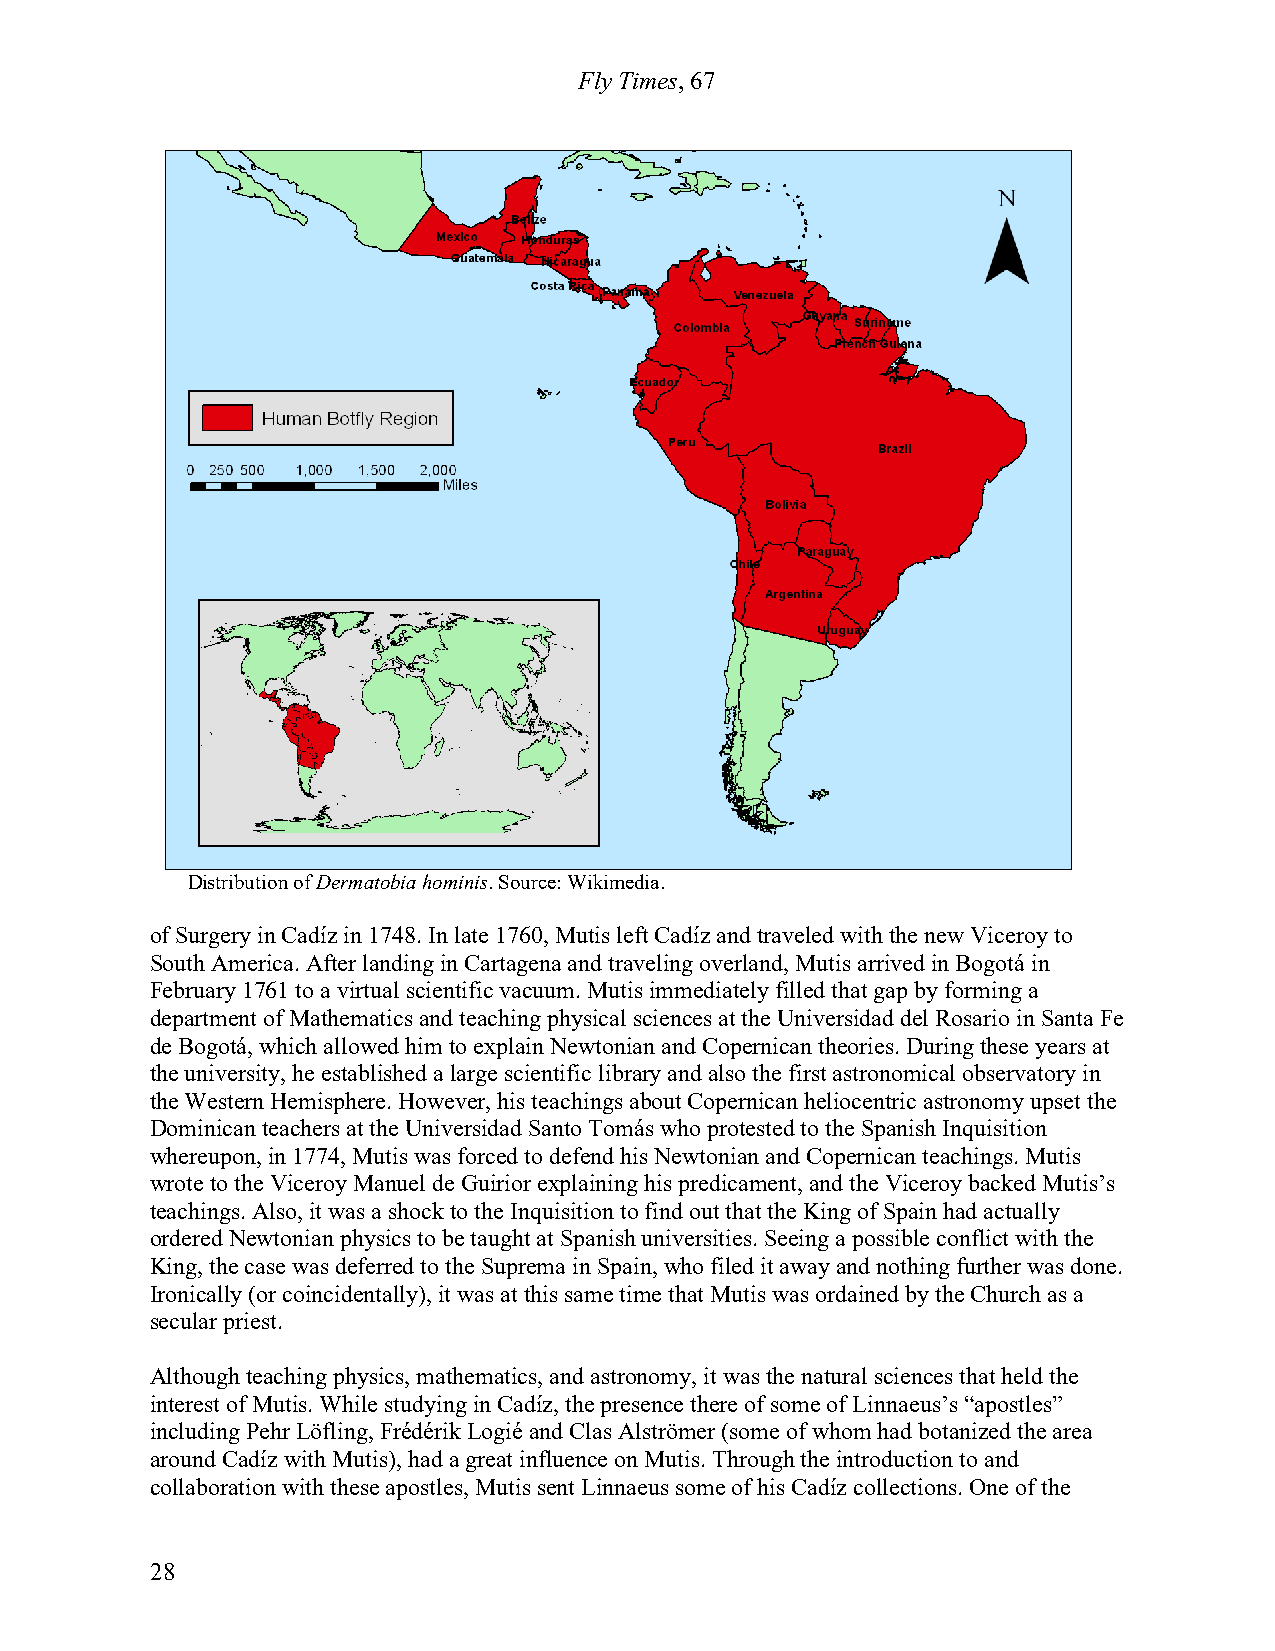
Fly Times, 67
 Distribution of Dermatobia hominis. Source: Wikimedia.
 of Surgery in Cadíz in 1748. In late 1760, Mutis left Cadíz and traveled with the new Viceroy to
 South America. After landing in Cartagena and traveling overland, Mutis arrived in Bogotá in
 February 1761 to a virtual scientific vacuum. Mutis immediately filled that gap by forming a
 department of Mathematics and teaching physical sciences at the Universidad del Rosario in Santa Fe
 de Bogotá, which allowed him to explain Newtonian and Copernican theories. During these years at
 the university, he established a large scientific library and also the first astronomical observatory in
 the Western Hemisphere. However, his teachings about Copernican heliocentric astronomy upset the
 Dominican teachers at the Universidad Santo Tomás who protested to the Spanish Inquisition
 whereupon, in 1774, Mutis was forced to defend his Newtonian and Copernican teachings. Mutis
 wrote to the Viceroy Manuel de Guirior explaining his predicament, and the Viceroy backed Mutis’s
 teachings. Also, it was a shock to the Inquisition to find out that the King of Spain had actually
 ordered Newtonian physics to be taught at Spanish universities. Seeing a possible conflict with the
 King, the case was deferred to the Suprema in Spain, who filed it away and nothing further was done.
 Ironically (or coincidentally), it was at this same time that Mutis was ordained by the Church as a
 secular priest.
 Although teaching physics, mathematics, and astronomy, it was the natural sciences that held the
 interest of Mutis. While studying in Cadíz, the presence there of some of Linnaeus’s “apostles”
 including Pehr Löfling, Frédérik Logié and Clas Alströmer (some of whom had botanized the area
 around Cadíz with Mutis), had a great influence on Mutis. Through the introduction to and
 collaboration with these apostles, Mutis sent Linnaeus some of his Cadíz collections. One of the
 28